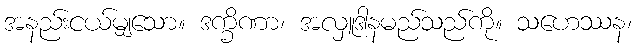
အနည်းငယ်မျှသော။ ဒက္ခိဏာ၊ အလှူဒါနမည်သည်ကို။ သဟေဿန၊